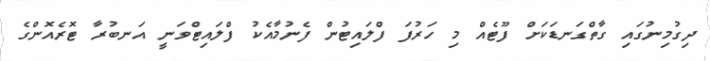
ދިގުމިނުގައި ގާތްގަނޑަކަށް ފޫޓެއް މި ހަރުފަ ފްލައިޓުން ފެނުމާއެކު ފްލައިޓްވަނީ އަނބުރާ ޓޮރެއޮންގެ